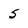
Character: 5